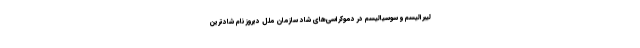
لیبرالیسم و سوسیالیسم در دموکراسی‌های شاد سازمان ملل دیروز نام شادترین